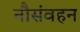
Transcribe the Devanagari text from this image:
नौसंवहन